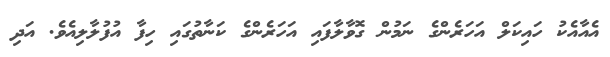
އެއާއެކު ހައިކަލް އަހަރެންގެ ނަމުން ގޮވާލާފައި އަހަރެންގެ ކަނާތުގައި ހިފާ އުފުލާލިއެވެ. އަދި